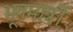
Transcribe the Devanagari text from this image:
भूतमात्रीं